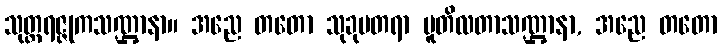
သုတ္တရဇ္ဇုကသဏ္ဌာနာ။ အညေ တတော သုခုမတရာ ပူတိလတာသဏ္ဌာနာ, အညေ တတော